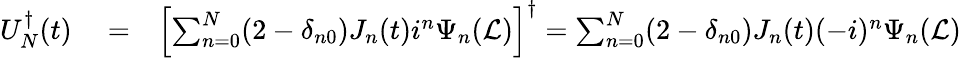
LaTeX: \begin{array}{rlr}{U_{N}^{\dagger}(t)}&{{}=}&{\left[\sum_{n=0}^{N}(2-\delta_{n0})J_{n}(t)i^{n}\Psi_{n}(\mathcal{L})\right]^{\dagger}=\sum_{n=0}^{N}(2-\delta_{n0})J_{n}(t)(-i)^{n}\Psi_{n}(\mathcal{L})}\end{array}